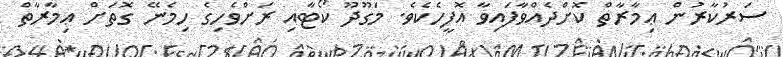
ސަރުކާރުން ޢިމާރާތް ކޮށްދެއްވާފައިވާ އޮފީހެކެވެ. މަގޫދޫ ކޯޓާއި ރަށްވެހިގެ ހިމެނޭ ގޮތަށް ޢިމާރާތް